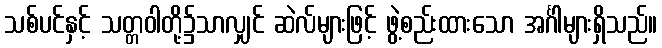
သစ်ပင်နှင့် သတ္တဝါတို့၌သာလျှင် ဆဲလ်များဖြင့် ဖွဲ့စည်းထားသော အင်္ဂါများရှိသည်။